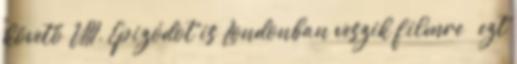
követő VIII. Epizódot is Londonban veszik filmre — ezt